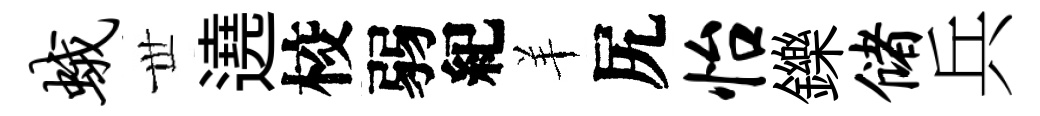
蛾𠀍遶校弱紀羊尻怡鑠储兵